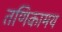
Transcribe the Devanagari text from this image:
तणिकामय